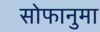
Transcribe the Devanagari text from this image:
सोफानुमा